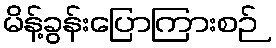
မိန့်ခွန်းပြောကြားစဉ်